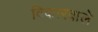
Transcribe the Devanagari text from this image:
विकारवाले